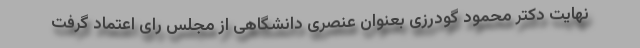
نهایت دکتر محمود گودرزی بعنوان عنصری دانشگاهی از مجلس رای اعتماد گرفت